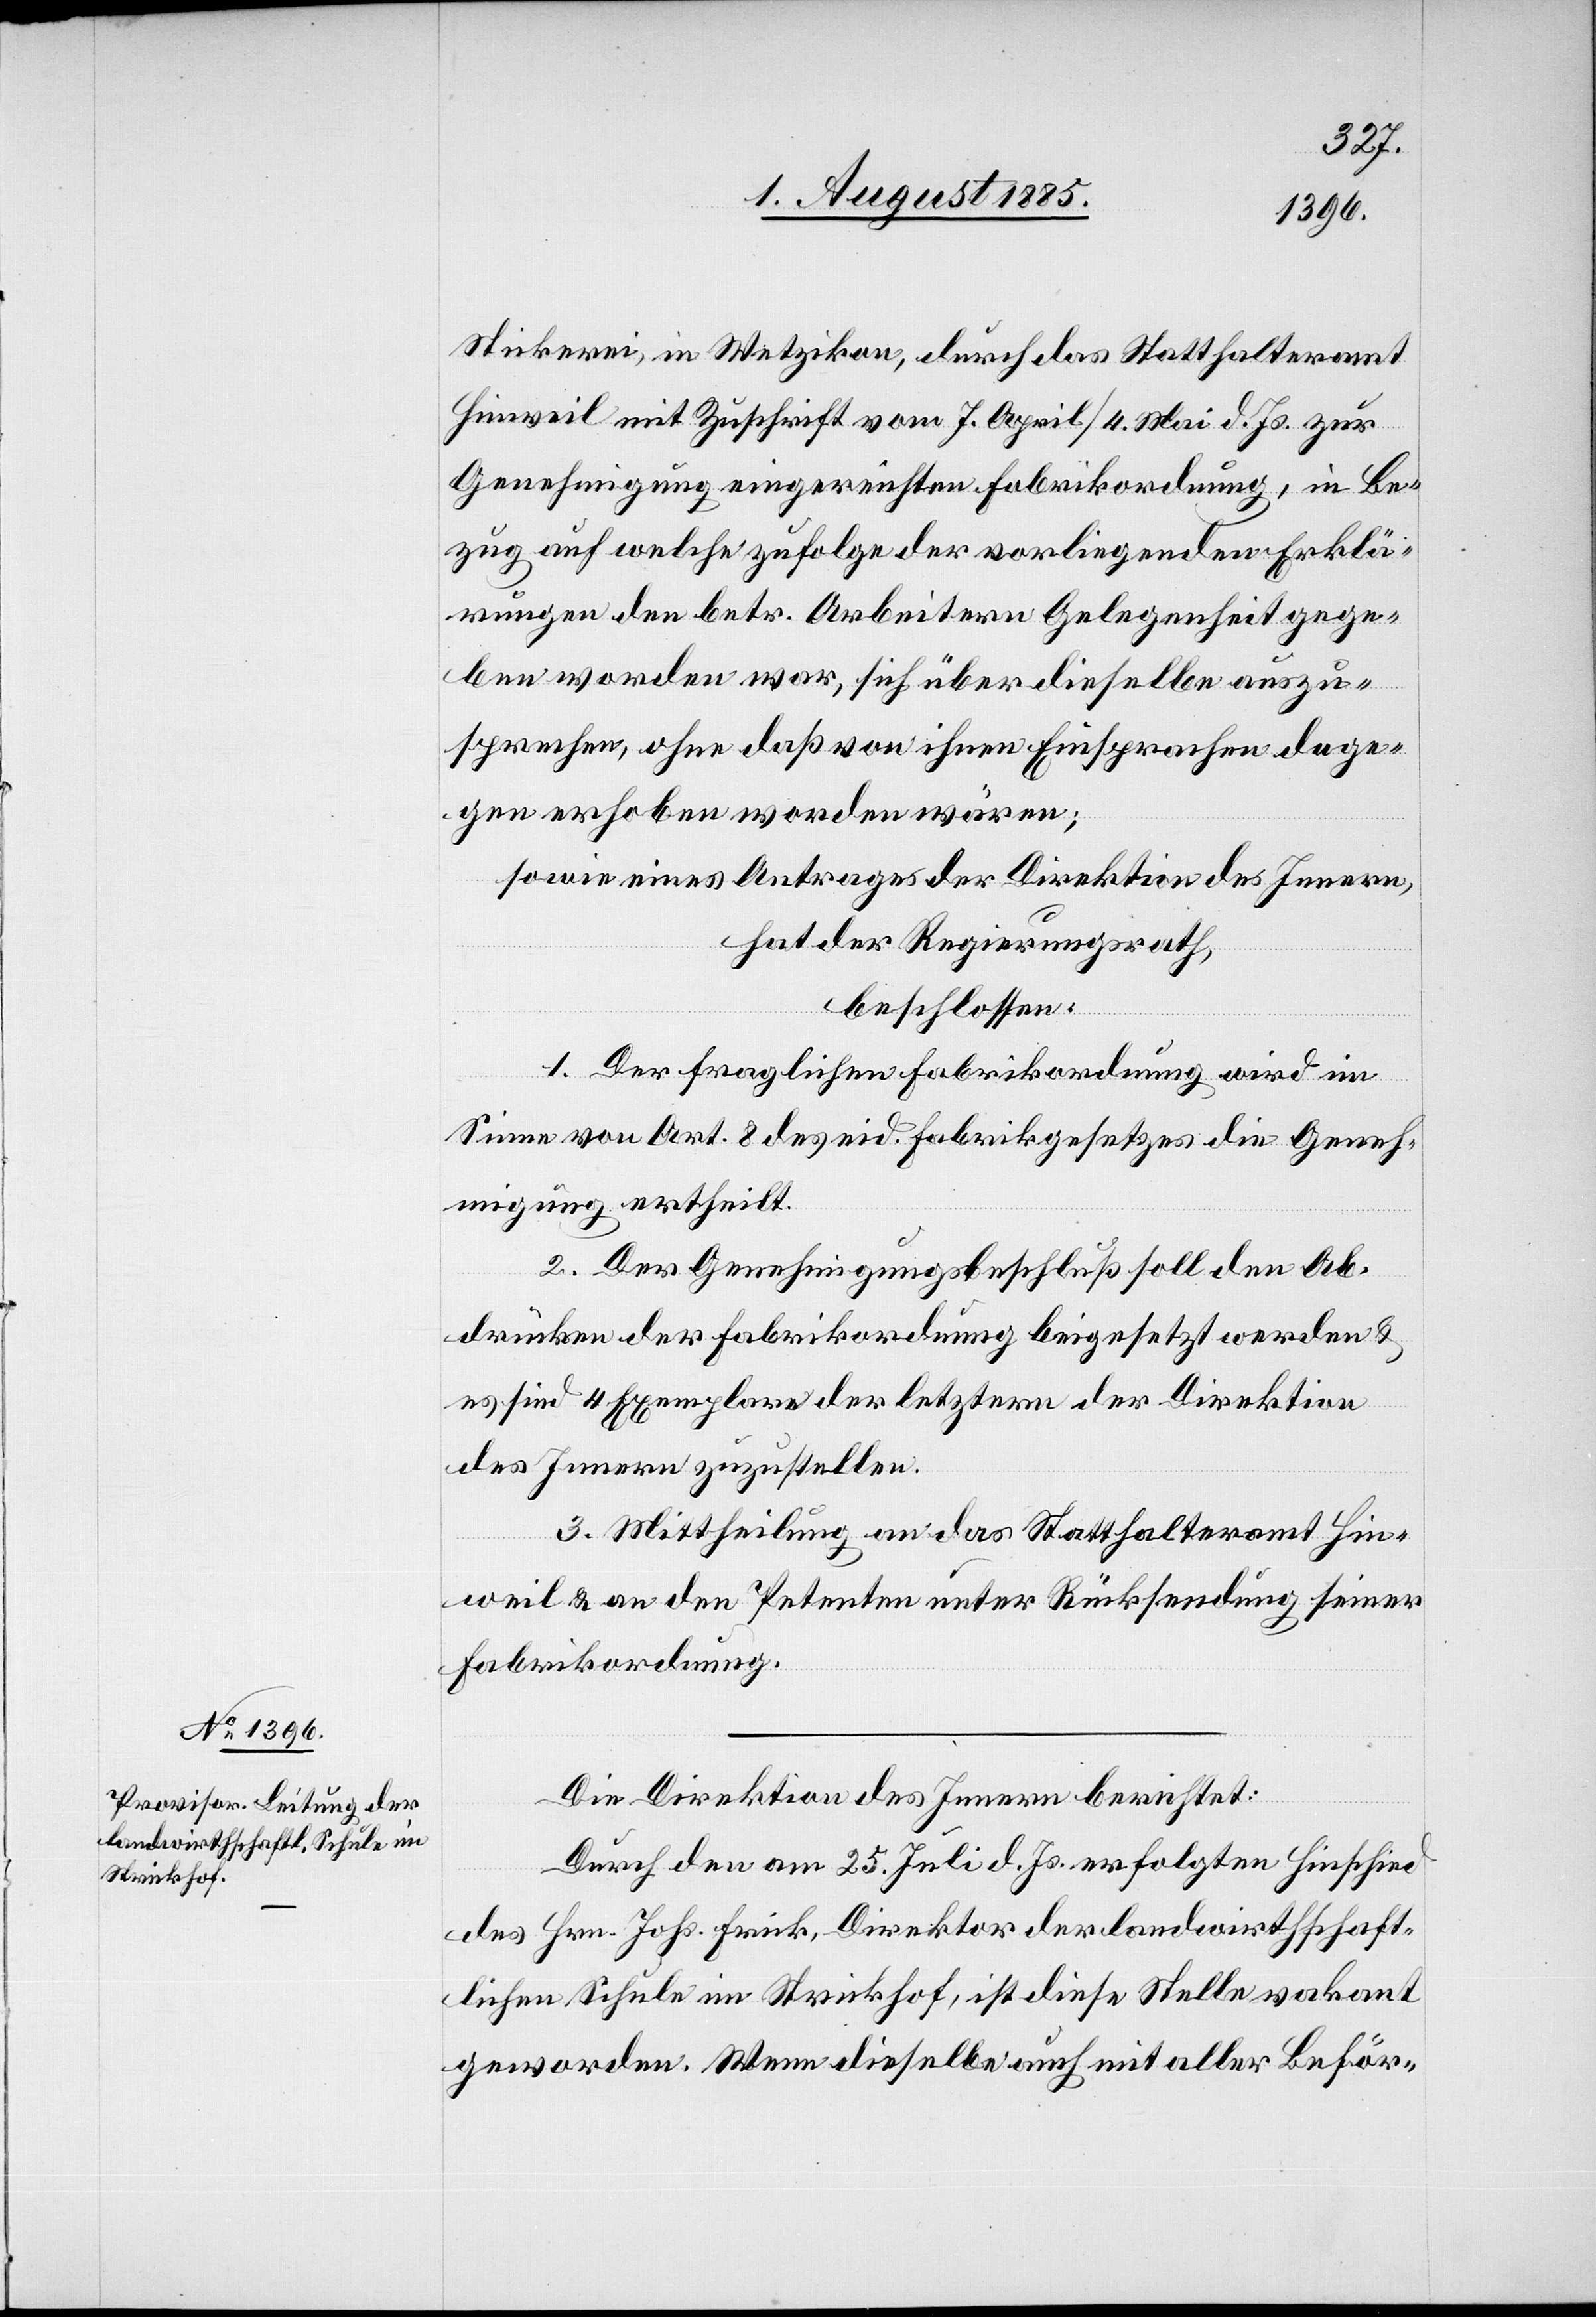
Stickerei, in Wetzikon, durch das Statthalteramt
Hinweil mit Zuschrift vom 7. April/4. Mai d. Js. zur
Genehmigung eingereichten Fabrikordnung, in Be¬
zug auf welche zufolge der vorliegenden Erklä¬
rungen den betr. Arbeitern Gelegenheit gege¬
ben worden war, sich über dieselbe auszu¬
sprechen, ohne daß von ihnen Einsprachen dage¬
gen erhoben worden wären;
sowie eines Antrages der Direktion des Innern,
hat der Regierungsrath,
beschlossen:
1. Der fraglichen Fabrikordnung wird im
Sinne von Art. 8 des eid. Fabrikgesetzes die Geneh¬
migung ertheilt.
2. Der Genehmigungsbeschluß soll den Ab¬
drücken der Fabrikordnung beigesetzt werden &
es sind 4 Exemplare der letztern der Direktion
des Innern zuzustellen.
3. Mittheilung an das Statthalteramt Hin¬
weil & an den Petenten unter Rücksendung seiner
Fabrikordnung.
Die Direktion des Innern berichtet:
Durch den am 25. Juli d. Js. erfolgten Hinschied
des Hrn. Johs. Frick, Direktor der landwirthschaft¬
lichen Schule im Strickhof, ist diese Stelle vakant
geworden. Wenn dieselbe auch mit aller Beför-